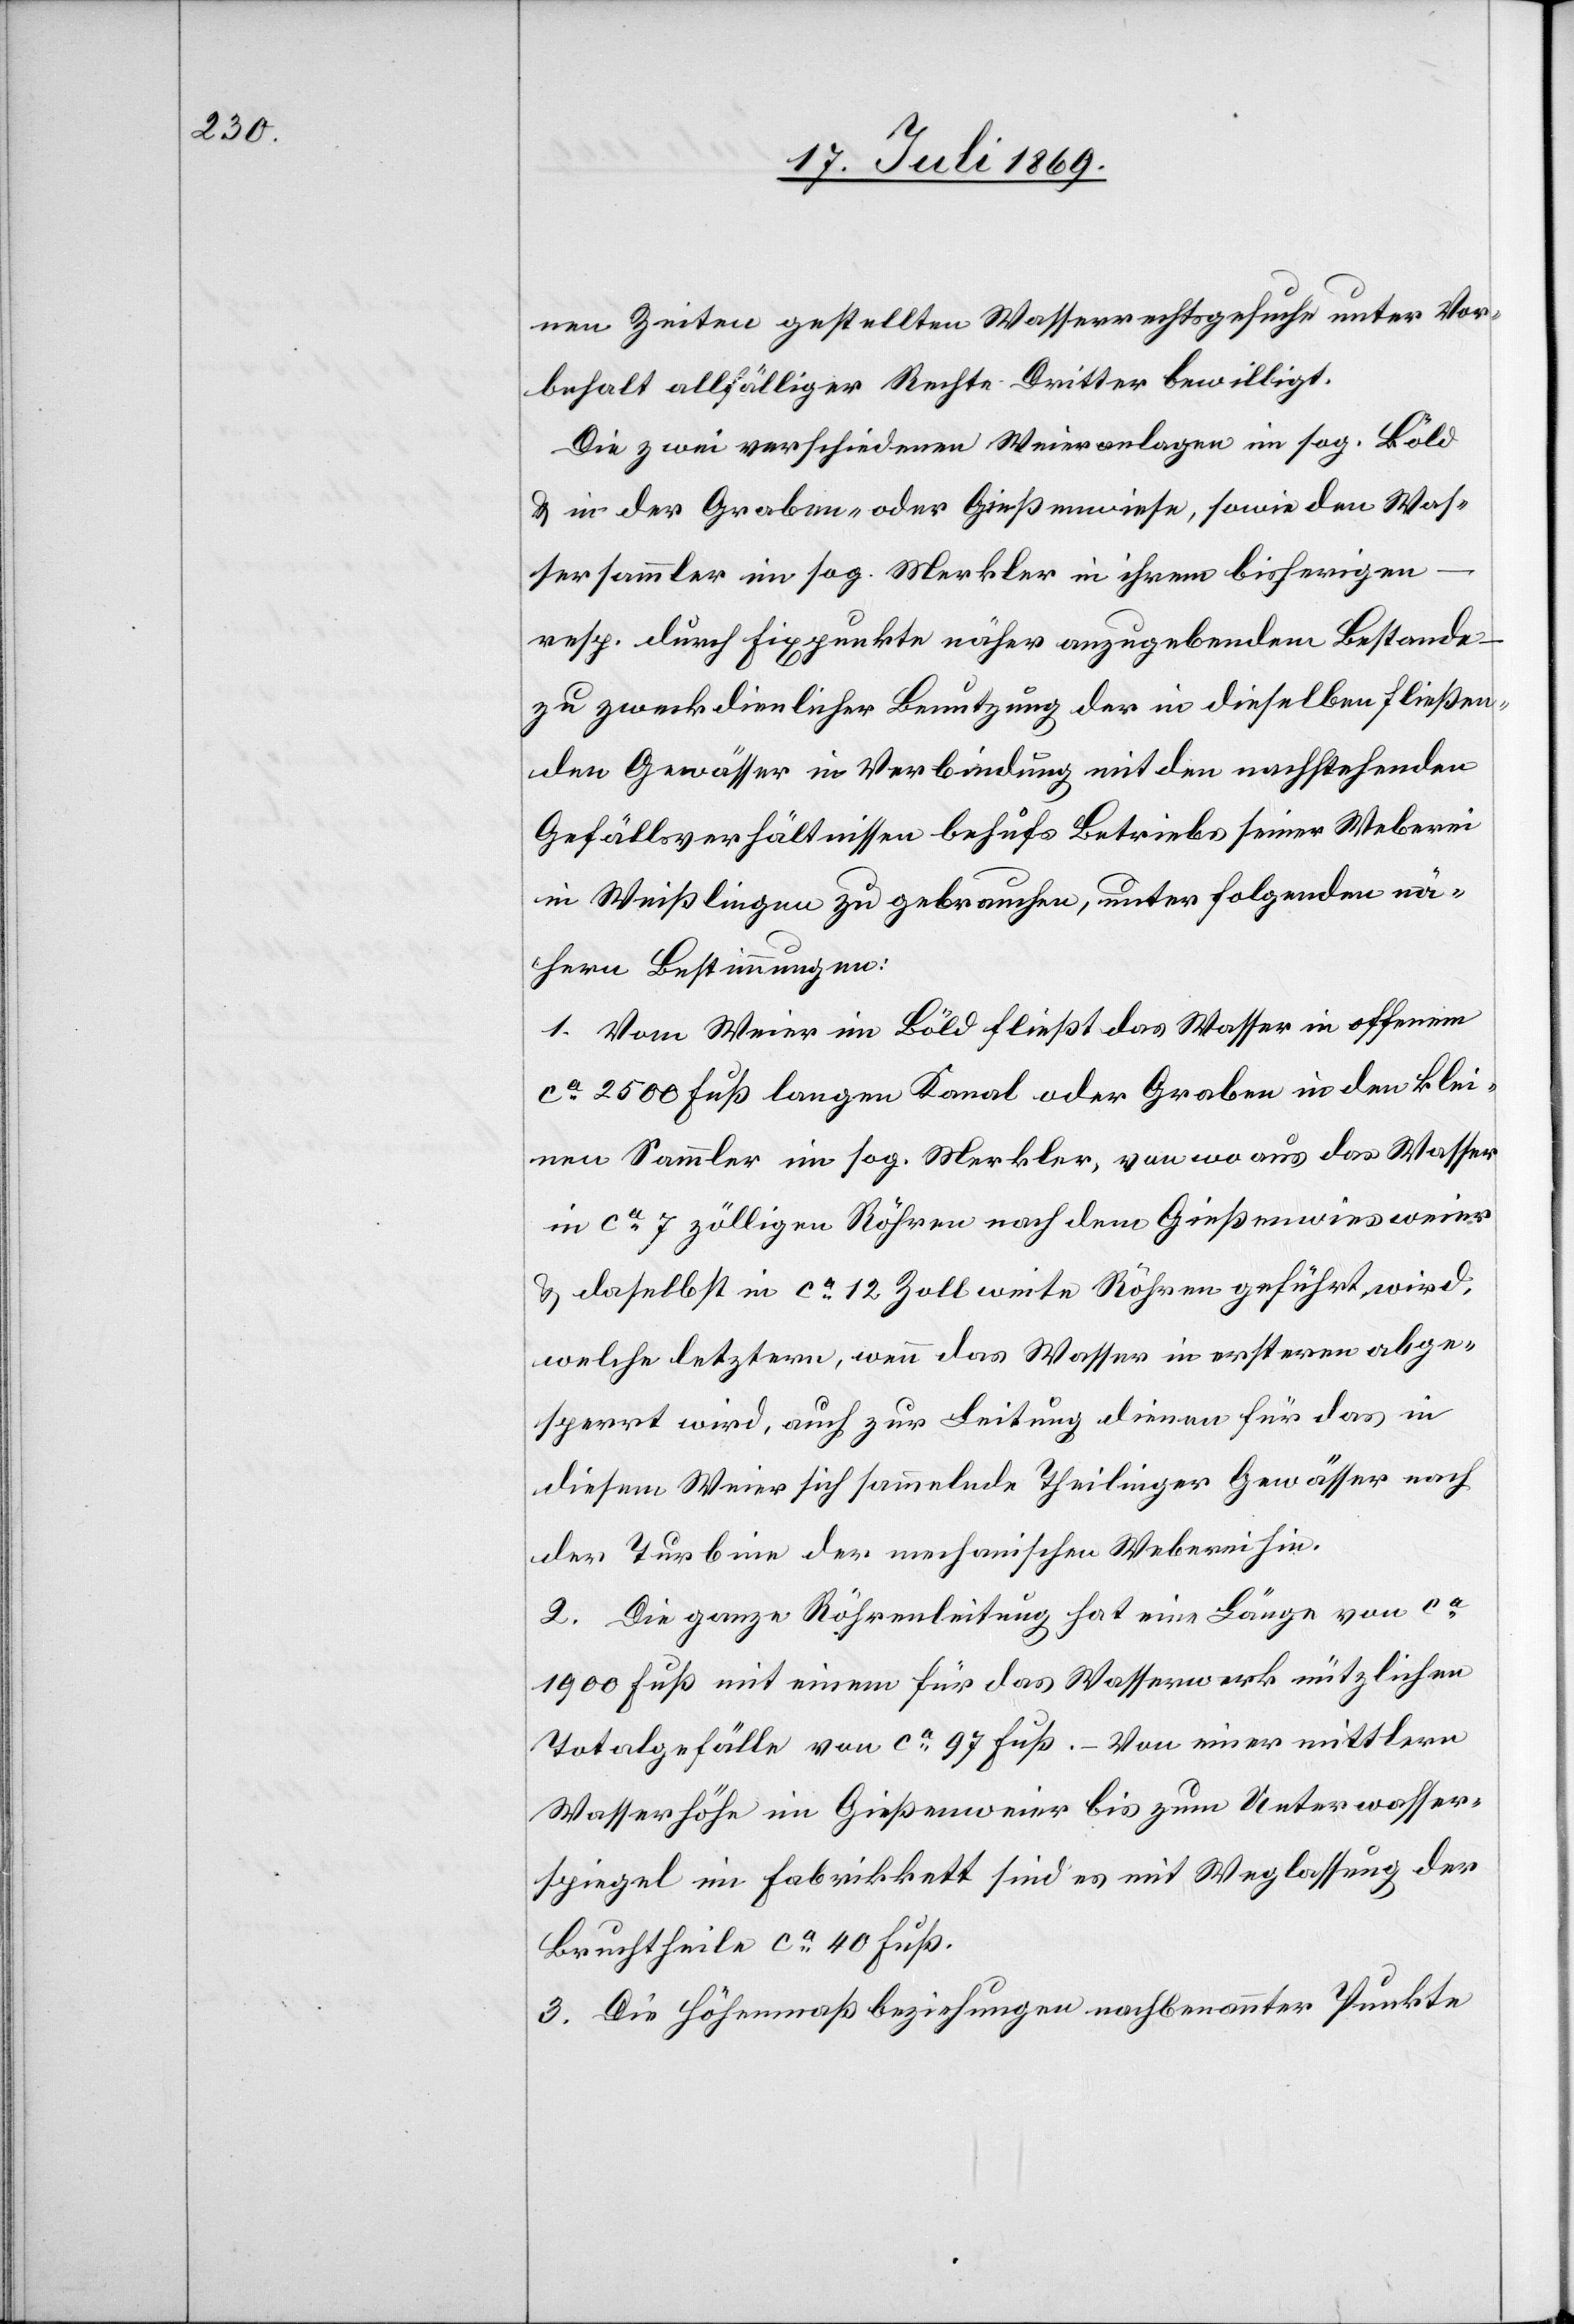
nen Zeiten gestellten Wasserrechtsgesuche unter Vor¬
behalt allfälliger Rechte Dritter bewilligt.
Die zwei verschiedenen Weieranlagen im sog. Böld
u. in der Graben- oder Gießenwiese, sowie den Was¬
sersammler im sog. Merkler in ihrem bisherigen
resp. durch Fixpunkte näher anzugebenden Bestande
zu zweckdienlicher Benutzung der in dieselben fließen¬
den Gewässer in Verbindung mit den nachstehenden
Gefällsverhältnissen behufs Betriebs seiner Weberei
in Weißlingen zu gebrauchen, unter folgenden nä¬
hern Bestimmungen:
1. Vom Weier im Böld fließt das Wasser in offenem
ca 2500 Fuß langen Kanal oder Graben in den klei¬
nen Sammler im sog. Merkler, von wo aus das Wasser
in ca 7 zölligen Röhren nach dem Gießenwiesweier
u. daselbst in ca 12 Zoll weite Röhren geführt wird,
welche letztern, wenn das Wasser in ersteren abge¬
sperrt wird, auch zur Leitung dienen für das in
diesem Weier sich sammelnde Theilinger Gewässer nach
der Turbine der mechanischen Weberei hin.
2. Die ganze Röhrenleitung hat eine Länge von ca
1900 Fuß mit einem für das Wasserwerk nützlichen
Totalgefälle von ca 97 Fuß. – Von einer mittlern
Wasserhöhe im Gießenweier bis zum Unterwasser¬
spiegel im Fabrikbett sind es mit Weglassung der
Bruchtheile ca 40 Fuß.
3. Die Höhenmaßbeziehungen nachbenannter Punkte